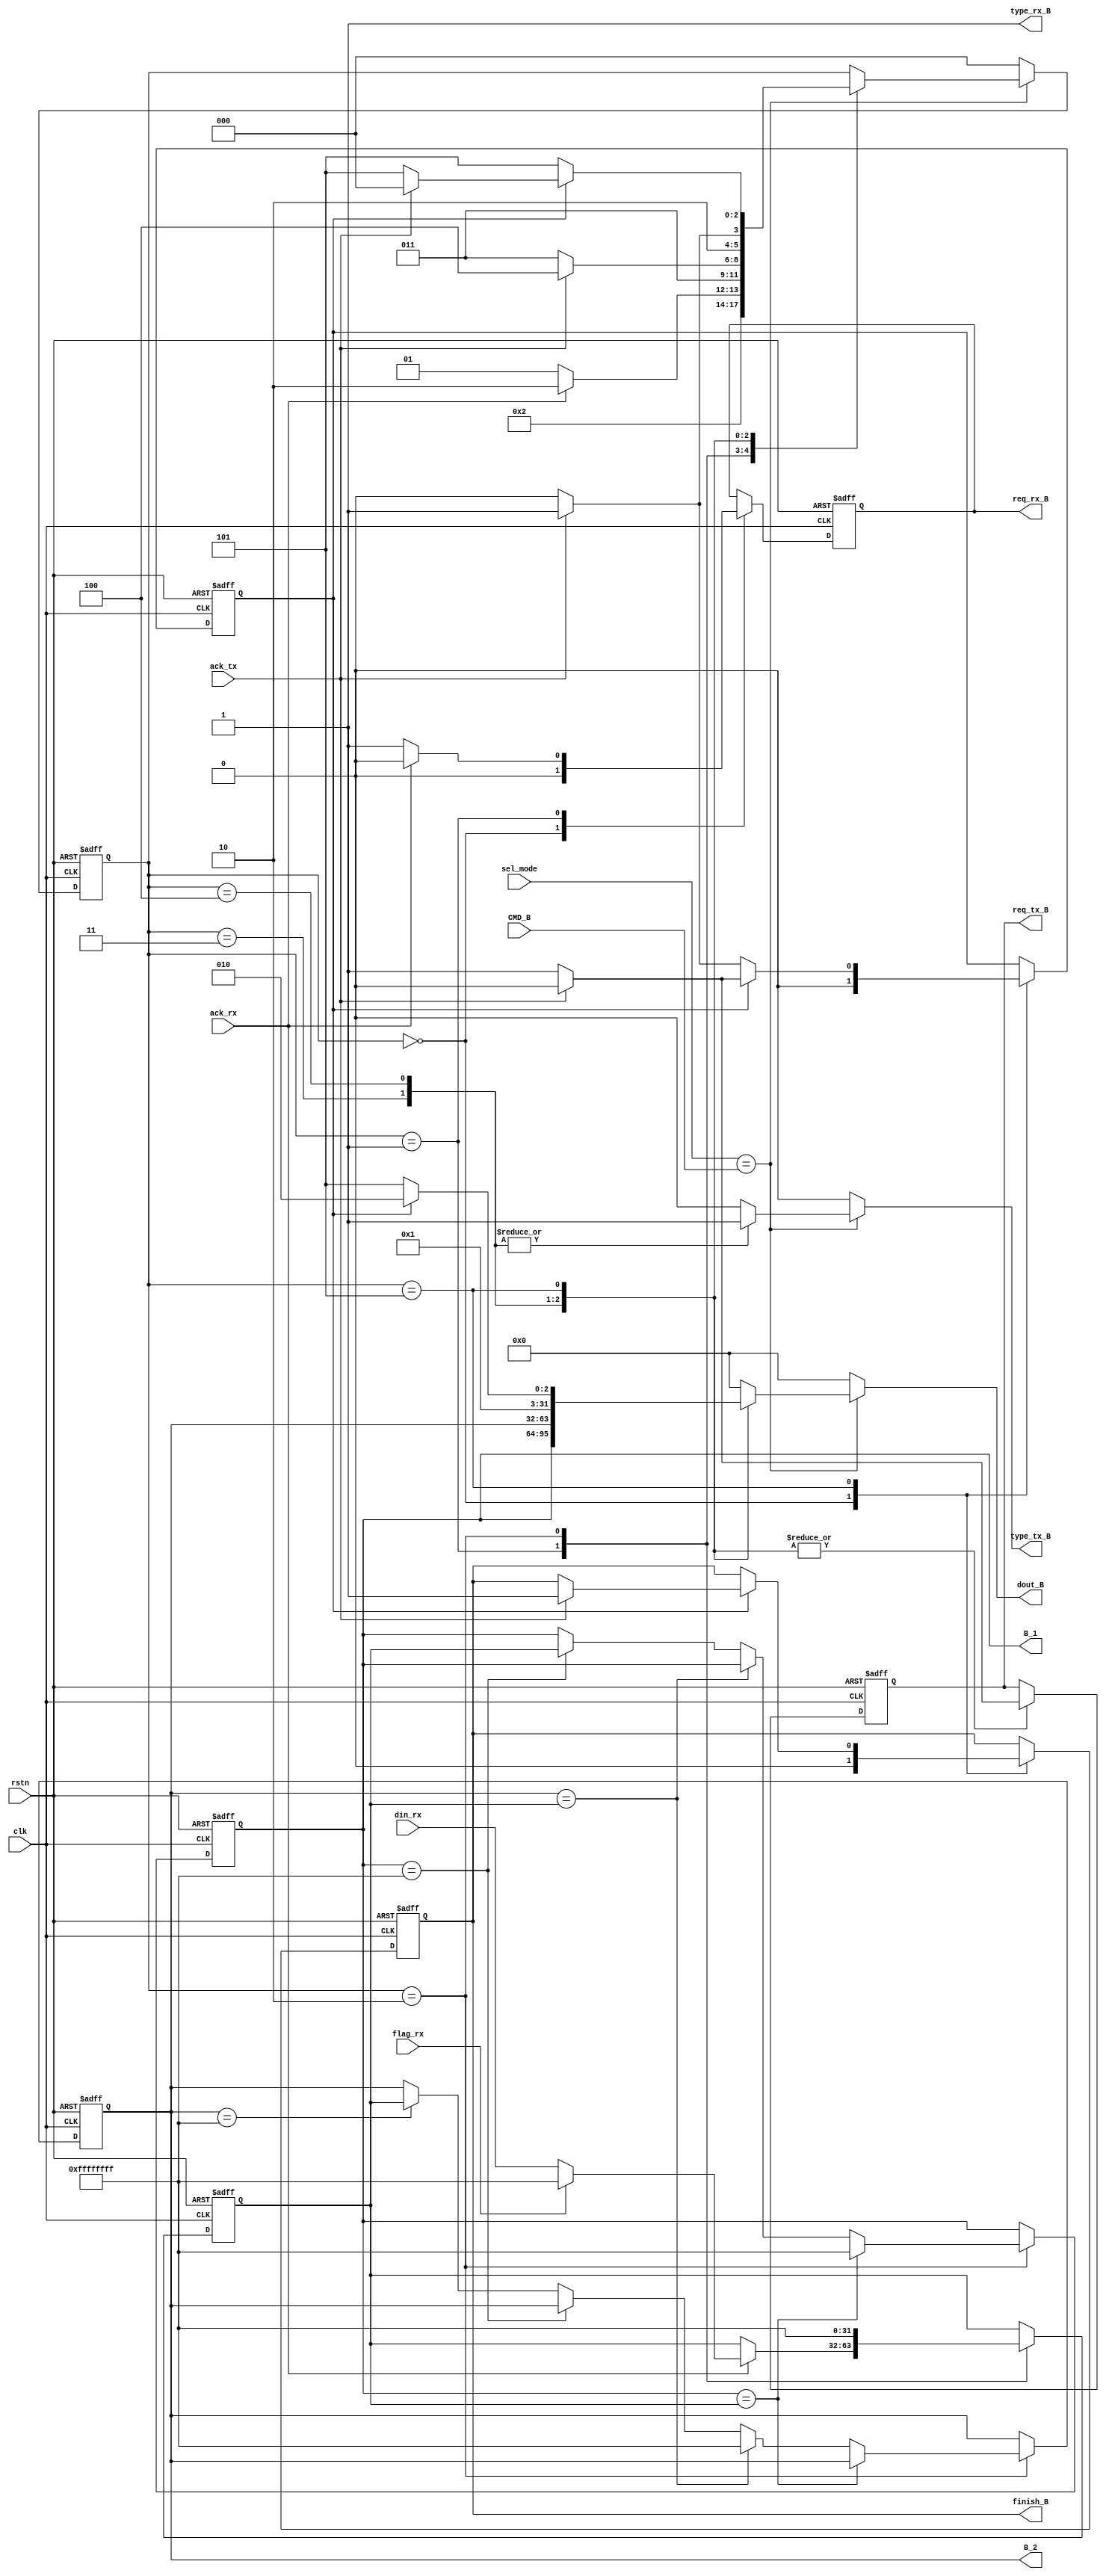
`timescale 1ns / 1ps
module DCP_B(
    input clk,
    input rstn,
    input [7:0] sel_mode,
    input [7:0] CMD_B,
    output reg finish_B,
    output [31:0] B_1,
    output [31:0] B_2,
    input [31:0] din_rx,
    input flag_rx,
    input ack_rx,
    input ack_tx,
    output reg req_rx_B,
    output type_rx_B,
    output reg req_tx_B,
    output reg type_tx_B,
    output reg [31:0] dout_B
);
    reg [31:0] reg_B_1;
    reg [31:0] reg_B_2;
    reg [31:0] reg_B_3;
    assign B_1 = reg_B_1;
    assign B_2 = reg_B_2;
    parameter [2:0]
    INIT = 4'h0,
    SCAN = 4'h1,
    UPDATE = 4'h2,
    PRINT_B1 = 4'h3,
    PRINT_B2 = 4'h4,
    FINISH = 4'h5;

    reg [2:0] NS = INIT , CS = INIT;
    assign type_rx_B = 1;
    reg count_FINISH = 0;
    wire we;
    assign we = (sel_mode == CMD_B);
    always@(posedge clk or negedge rstn) begin
        if(~rstn) begin
            CS<=INIT;
            finish_B<=0;
            req_rx_B<=0;
            reg_B_1<=32'hffff_ffff; // 32'hffff_ffff means empty
            reg_B_2<=32'hffff_ffff;
            reg_B_3<=32'hffff_ffff;
            count_FINISH<=0;
            req_tx_B <= 0;
        end
        else begin
            CS<=NS;
            case(CS)
                INIT:
                begin
                    finish_B<=0;
                    req_rx_B<=0;
                    count_FINISH<=0;
                end
                SCAN:begin
                    if (~ack_rx) begin
                        req_rx_B <= 1;
                    end
                    else begin
                        req_rx_B <= 0;
                        if(!flag_rx) 
                        reg_B_3 <= din_rx;
                        else reg_B_3 <= 32'hffff_ffff;
                    end
                end
                UPDATE:begin
                    if(reg_B_1==reg_B_3) reg_B_1 <= 32'hffff_ffff;
                    else if(reg_B_2 == reg_B_3) reg_B_2 <= 32'hffff_ffff;
                    else if(reg_B_1 == 32'hffff_ffff) reg_B_1 <= reg_B_3;
                    else if(reg_B_2 == 32'hffff_ffff) reg_B_2 <= reg_B_3;
                    else begin
                        reg_B_1 <= reg_B_1;
                        reg_B_2 <= reg_B_2;
                    end
                    reg_B_3<=32'hffff_ffff;
                end
                PRINT_B1:begin
                    if (ack_tx) begin
                        req_tx_B <= 0;
                    end
                    else req_tx_B <= 1;
                end
                PRINT_B2:begin
                    if (ack_tx) begin
                        req_tx_B <= 0;
                    end
                    else req_tx_B <= 1;
                end
                FINISH: begin
                if (count_FINISH == 0) begin
                    if (ack_tx) begin 
                        count_FINISH <= 1;
                        req_tx_B <= 0;
                    end
                    else req_tx_B <= 1;
                end
                else begin
                    if (ack_tx) begin
                        count_FINISH <= 0;
                        req_tx_B <= 0;
                        finish_B<=1;
                    end
                    else req_tx_B <= 1;
                end
            end
            endcase

        end
    end
    always@(*) begin
        NS = CS;
        type_tx_B = 0;
        dout_B = 0;
        if(~we) NS = INIT;
        else case(CS)
            INIT:begin
                if(we) NS = SCAN;
            end
            SCAN:begin
                if(~ack_rx) NS = SCAN;
                else NS = UPDATE;
            end
            UPDATE:begin
                NS = PRINT_B1;
            end
            PRINT_B1:begin
                type_tx_B = 1;
                dout_B = reg_B_1;
                if(~ack_tx) NS = PRINT_B1;
                else NS = PRINT_B2;
            end
            PRINT_B2:begin
                type_tx_B = 1;
                dout_B = reg_B_2;
                if(~ack_tx) NS = PRINT_B2;
                else NS = FINISH;
            end
            FINISH: begin
                if (count_FINISH == 0) begin
                    type_tx_B = 0;
                    dout_B = 32'h0d;
                    NS = FINISH;
                end
                else begin
                    type_tx_B = 0;
                    dout_B = 32'h0a;
                    if (ack_tx) begin
                        NS = INIT;
                        
                    end
                    else NS = FINISH;
                end
            end
    endcase
    end

endmodule